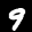
Label: 9